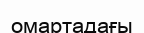
омартадағы